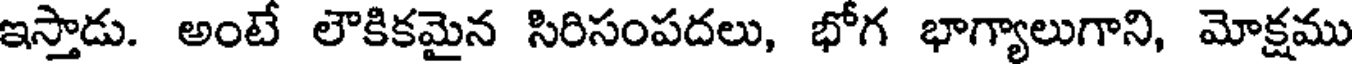
ఇస్తాడు. అంటే లౌకికమైన సిరిసంపదలు, భోగ భాగ్యాలుగాని, మోక్షము